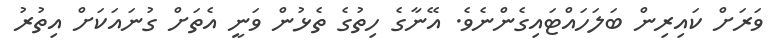
ވަރަށް ކައިރިން ބަލަހައްޓައިގެންނެވެ. އޭނާގެ ހިތުގެ ތެޅުން ވަނީ އެތަށް ގުނައަކަށް އިތުރު